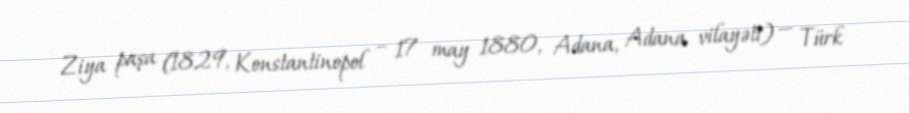
Ziya paşa (1829, Konstantinopol – 17 may 1880, Adana, Adana vilayəti) — Türk